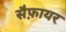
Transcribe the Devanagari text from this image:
सैफ़ायर